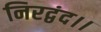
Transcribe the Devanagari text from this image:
निरद्वंद।।